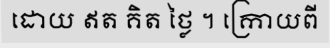
ដោយ ឥត គិត ថ្លៃ ។ ក្រោយពី